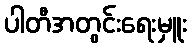
ပါတီအတွင်းရေးမှူး